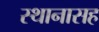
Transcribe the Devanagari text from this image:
स्थानासह